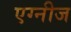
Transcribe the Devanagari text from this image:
एग्नीज